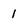
Character: 1